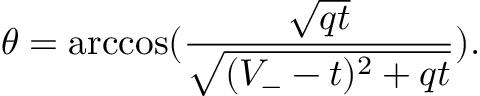
\theta = \operatorname { a r c c o s } ( \frac { \sqrt { q t } } { \sqrt { ( V _ { - } - t ) ^ { 2 } + q t } } ) .